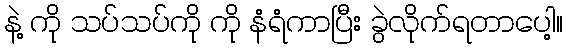
နဲ့ ကို သပ်သပ်ကို ကို နံရံကာပြီး ခွဲလိုက်ရတာပေါ့။